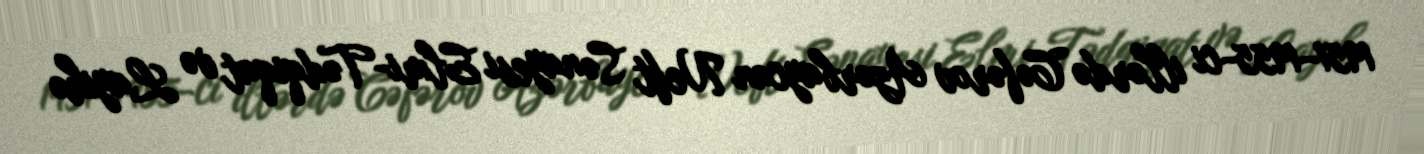
1951–1955-ci illərdə Cəfərov Azərbaycan Neft Sənayesi Elmi-Tədqiqat və Layihə